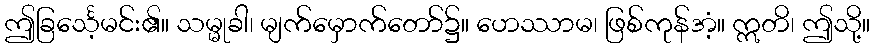
ဤခြင်္သေ့မင်း၏။ သမ္မုခါ၊ မျက်မှောက်တော်၌။ ဟေဿာမ၊ ဖြစ်ကုန်အံ့။ ဣတိ၊ ဤသို့။